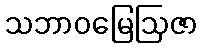
သဘာဝမြေဩဇာ